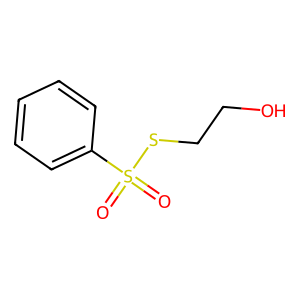
SMILES: O=S(=O)(SCCO)c1ccccc1
Inhibits HIV replication: No